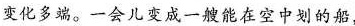
变化多端。一会儿变成一艘能在空中划的船，